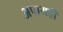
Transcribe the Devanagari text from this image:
अपायही